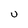
Character: U